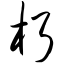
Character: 朽